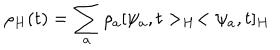
\rho _ { H } ( t ) = \sum _ { a } \rho _ { a } [ \psi _ { a } , t > _ { H } < \psi _ { a } , t ] _ { H }